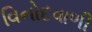
વિનોદવાળી